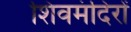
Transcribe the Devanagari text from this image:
शिवमंदिरों